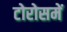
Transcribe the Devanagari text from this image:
टोरोसमें